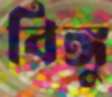
বিঙ্গু